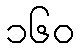
၁၆၀